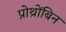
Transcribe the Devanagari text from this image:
प्रोथ्रोंबिन